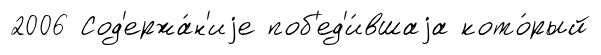
2006 Сод'ержа́н'иjе поб'ед'и́вшаjа кото́рый